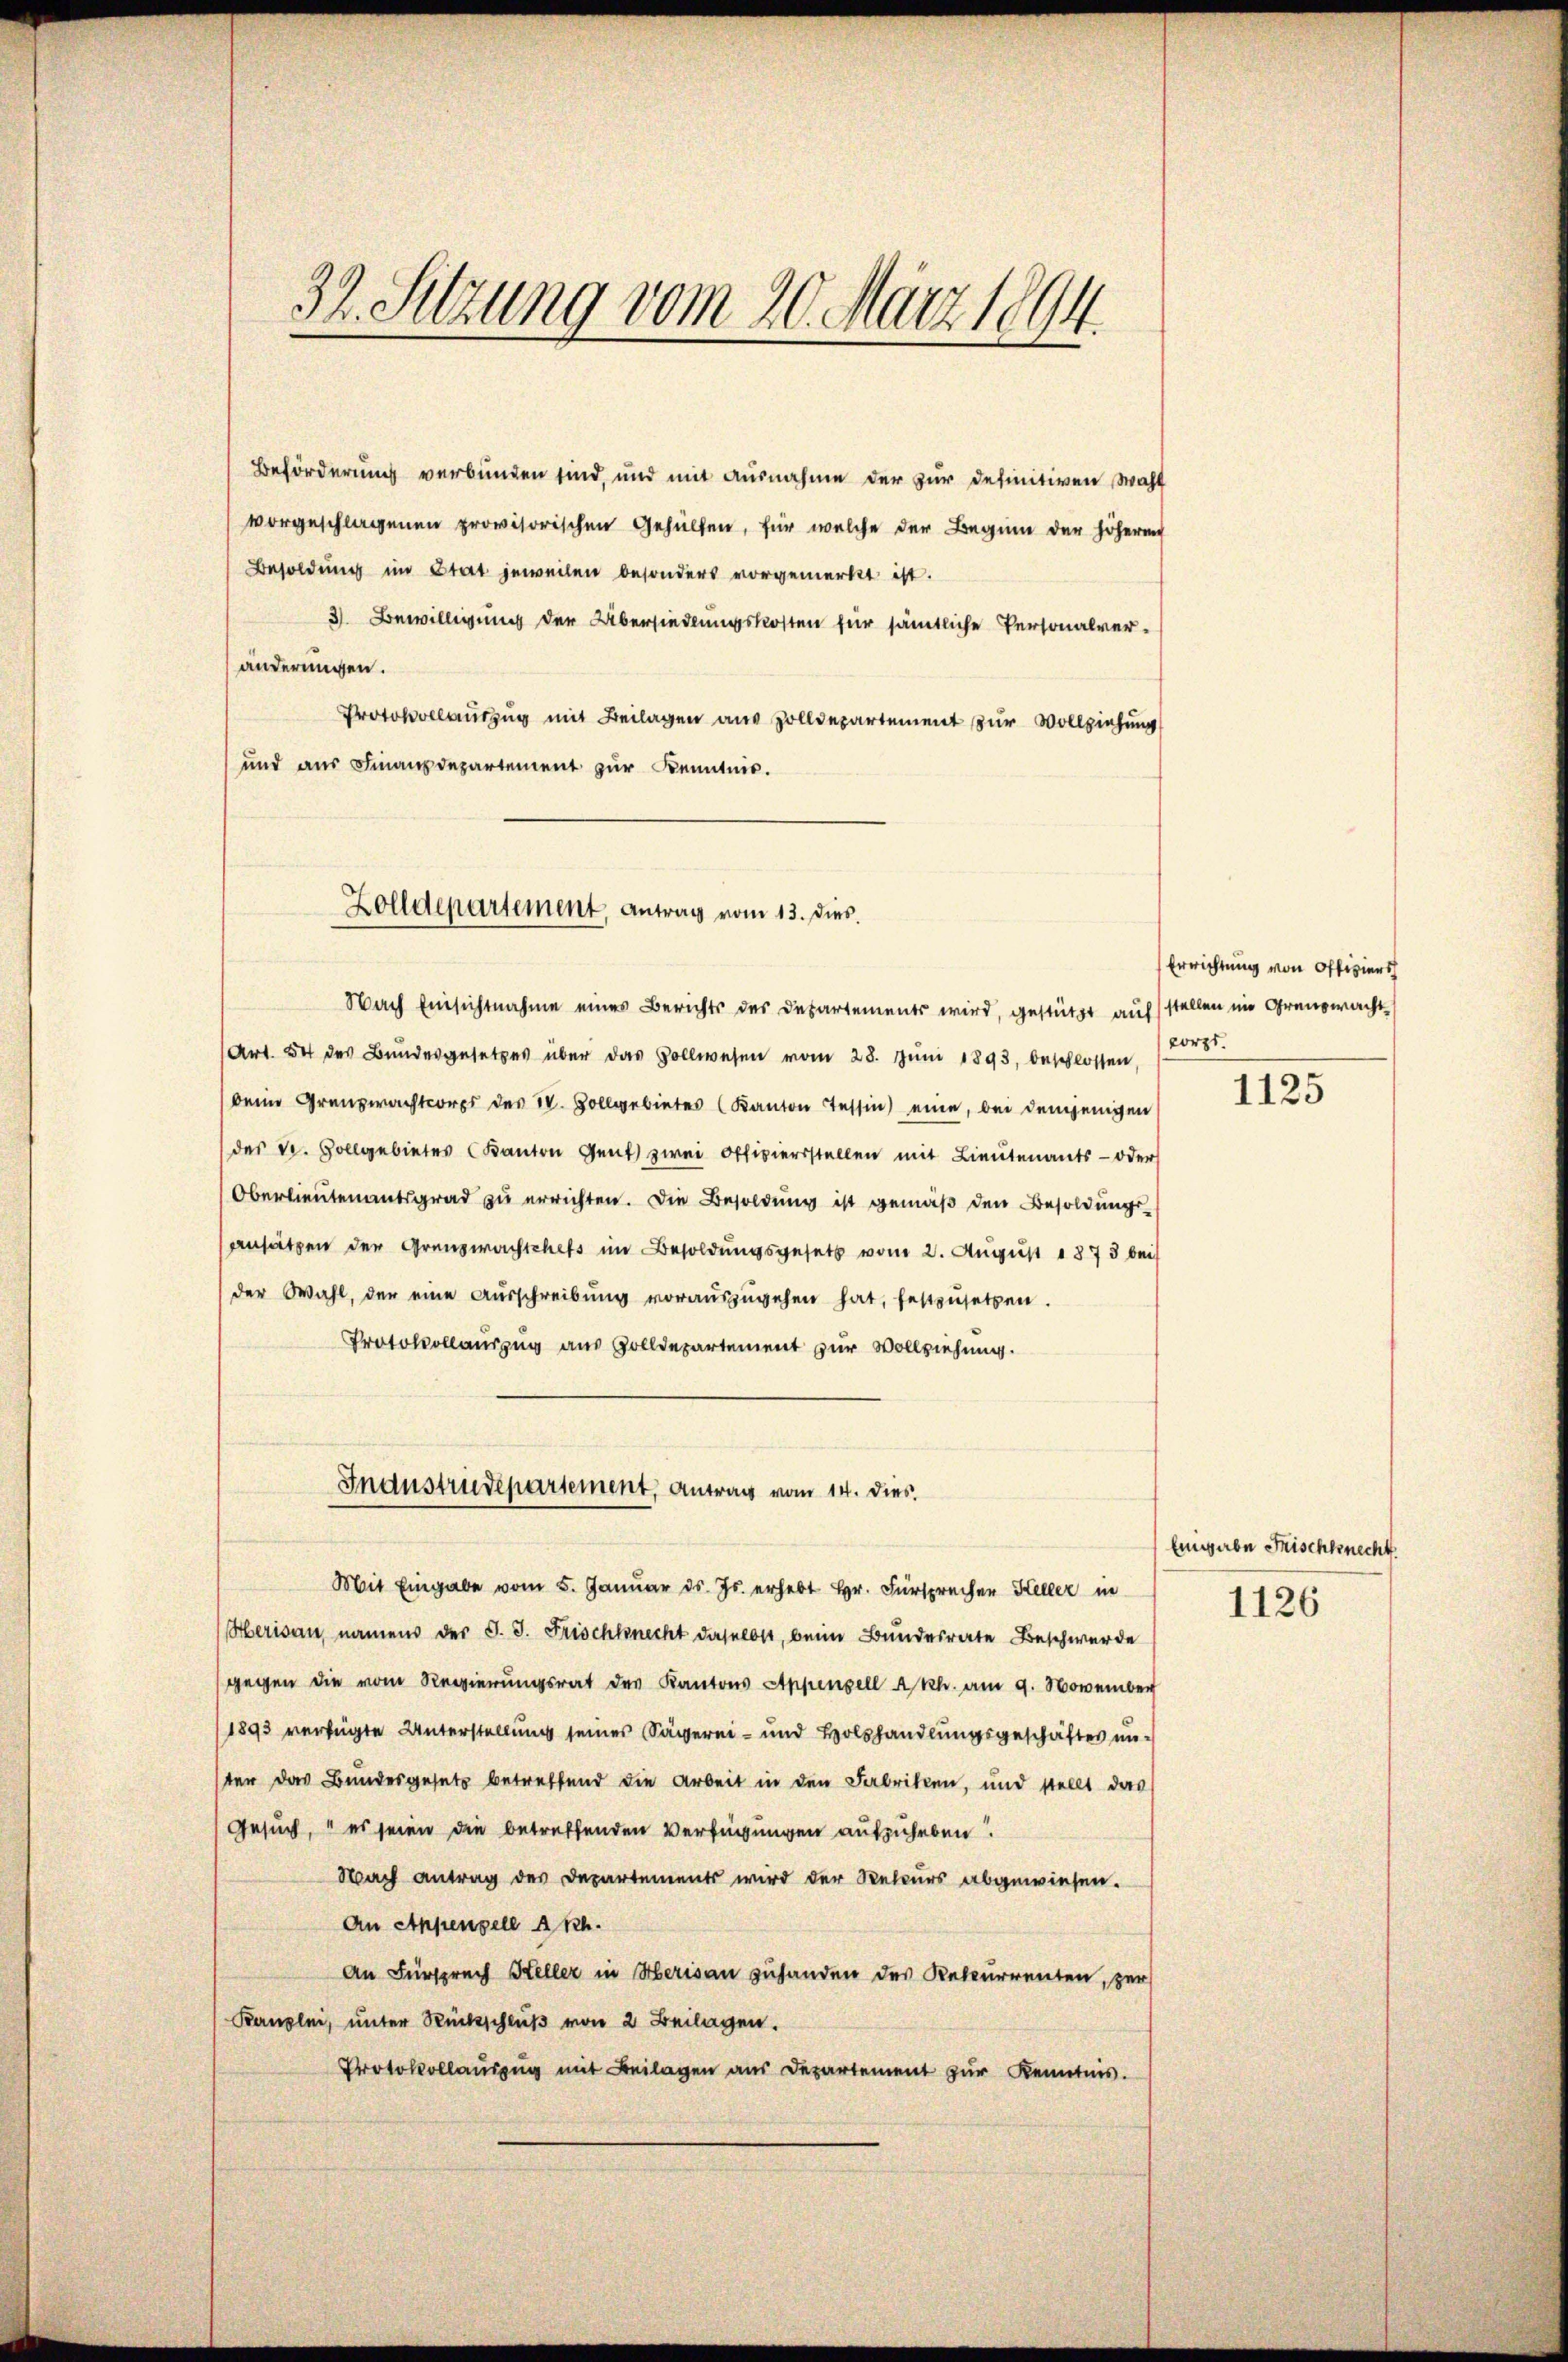
32. Setzung vom 20. März 1894.

Beförderung verbunden sind, und mit Ausnahme der zur definitiven Wahl
vorgeschlagenen provisorischen Gehülfen, für welche der Beginn der höheren
Besoldung im Stat jeweilen besonders vorgemerkt ist.
3 Bewilligung der Übersiedlungskosten für sämtliche Personalveränderungen.
Protokolauszug mit Beilagen aus Zolldepartement zur Vollziehung
und aus Finanzdepartement zur Kenntnis.
Nach Einsichtnahme eines Berichts des Departements wird, gestützt auf stellen im Grausmacht
Art. 54 des Bundesgesetzes über das Vollwesen vom 28. Jŭni 1893, beschlossen,
Deine Grenzwachtcorps des 14. Vollgebietes (Kanton Tessin eine, bei demjenigen
des v. Zollgebietes Kanton Gent zwei Offiziersstellen mit Lieutenants- oder
Oberlieutenantsgrad zu errichten. Die Besoldung ist gemäß den Besoldungsansätzen der Grenzwachschefs im Besoldungsgesetz vom 2. August 1873 bei
der Wahl, der eine Aŭsschreibŭng voraŭszŭgehen hat, festzŭsetzen.
Protokollauszug aus Zolldepartement zur Vollziehung.
Industrudepartement, Antrag vom 14. dies
Mit Eingabe vom 5. Januar ds. Js. erhebt Hr. Fürsprechen Keller in
Herisau, namens der J. J. Frischknecht daselbst, beim Bundesrate Beschwerde
gegen die vom Regierungsrat der Kantons Appenzell A.Rh. am 9. November
1893 verfügte Unterstellung seines Sägerei- und Holzhandlungsgeschäftes unter das Bundesgesetz betreffend die Arbeit in den Fabriken, und stellt das
Gesuch, es seien die betreffenden Verfügungen aufzuheben
Nach antrag des Departements wird der Recurs abgewiesen.
An Appenzell A.Rh.
An Fürsprech Keller in Herisau zuhanden des Rekurrenten, zur
Kanzlei, unter Rückschlŭβ von 2 Beilagen.
Protokollauszug mit Beilagen aus Departement zur Kenntnis.

Zolldepartement, Antrag vom 13. dies

Errichtung von Offiziers
corps.

1125

Eingabe Frischknecht

1126